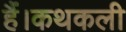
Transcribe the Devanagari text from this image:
हैं।कथकली